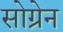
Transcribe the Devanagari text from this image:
सोग्रेन